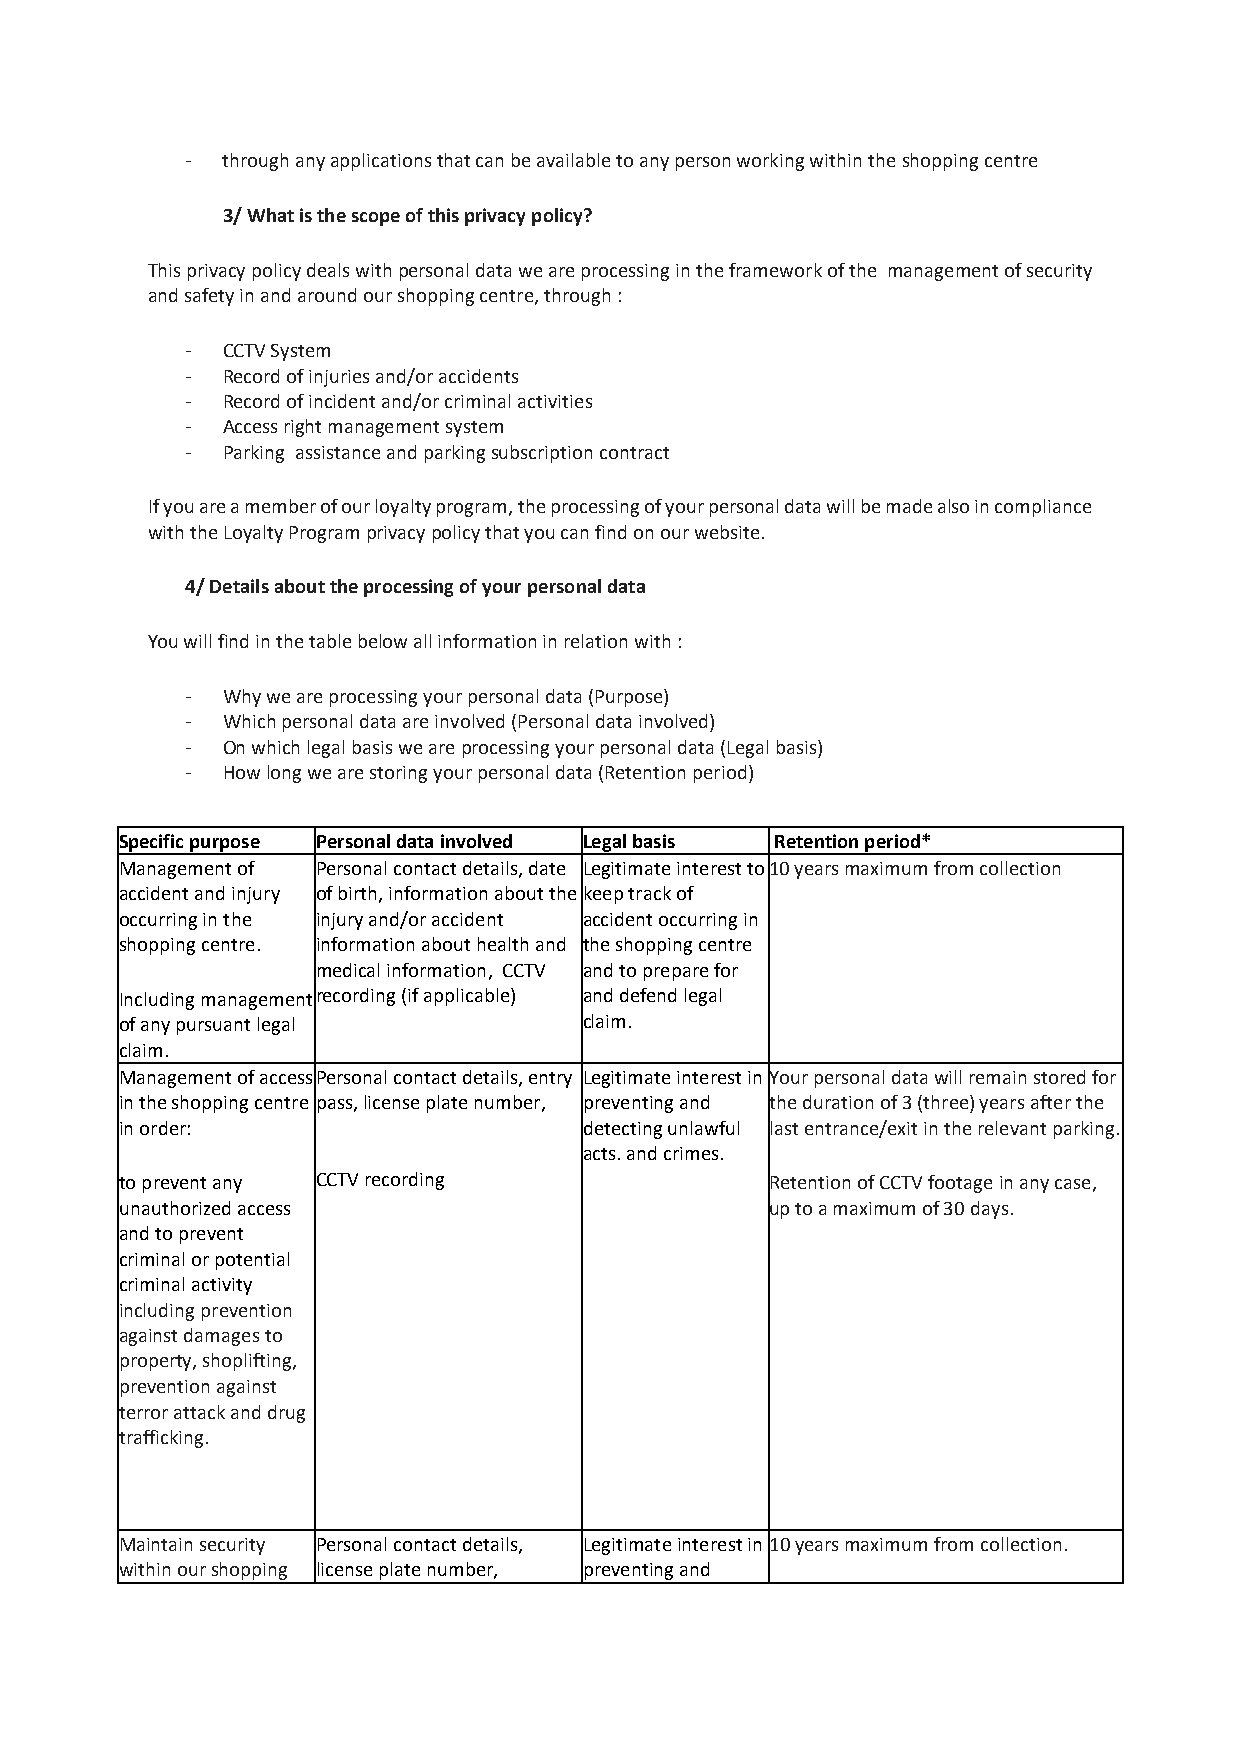
-  through any applications that can be available to any person working within the shopping centre
 3/ What is the scope of this privacy policy?
 This privacy policy deals with personal data we are processing in the framework of the management of security
 and safety in and around our shopping centre, through :
 -  CCTV System
 -  Record of injuries and/or accidents
 -  Record of incident and/or criminal activities
 -  Access right management system
 -  Parking assistance and parking subscription contract
 If you are a member of our loyalty program, the processing of your personal data will be made also in compliance
 with the Loyalty Program privacy policy that you can find on our website.
 4/ Details about the processing of your personal data
 You will find in the table below all information in relation with :
 -  Why we are processing your personal data (Purpose)
 -  Which personal data are involved (Personal data involved)
 -  On which legal basis we are processing your personal data (Legal basis)
 -  How long we are storing your personal data (Retention period)
 Specific purpose Personal data involved Legal basis Retention period*
 Management of Personal contact details, date Legitimate interest to 10 years maximum from collection
 accident and injury of birth, information about the keep track of
 occurring in the injury and/or accident accident occurring in
 shopping centre. information about health and the shopping centre
 medical information, CCTV and to prepare for
 Including management recording (if applicable) and defend legal
 of any pursuant legal          claim.
 c laim.
 Management of access Personal contact details, entry Legitimate interest in Your personal data will remain stored for
 in the shopping centre pass, license plate number, preventing and the duration of 3 (three) years after the
 in order:                      detecting unlawful last entrance/exit in the relevant parking.
 acts. and crimes.
 to prevent any CCTV recording              Retention of CCTV footage in any case,
 unauthorized access                        up to a maximum of 30 days.
 and to prevent
 criminal or potential
 criminal activity
 including prevention
 against damages to
 property, shoplifting,
 prevention against
 terror attack and drug
 trafficking.
 Maintain security Personal contact details, Legitimate interest in 10 years maximum from collection.
 within our shopping license plate number, preventing and